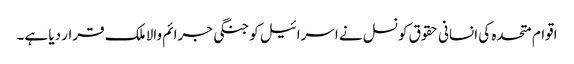
اقوام متحدہ کی انسانی حقوق کونسل نے اسرائیل کو جنگی جرائم والا ملک قرار دیا ہے۔